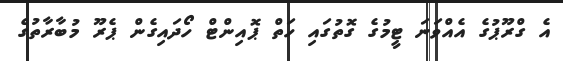
އެ ގްރޫޕުގެ އެއްވަނަ ޓީމުގެ ގޮތުގައި ހަތް ޕޮއިންޓް ހޯދައިގެން ޕެރޫ މުބާރާތުގެ